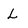
Character: L